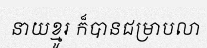
នាយខ្មូរ ក៏បានជម្រាបលា